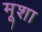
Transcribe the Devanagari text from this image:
मूशा